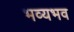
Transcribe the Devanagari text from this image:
भव्यभव